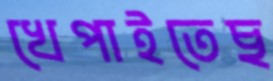
খেপাইতেছ